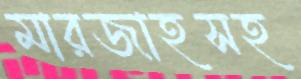
মারজাহসহ